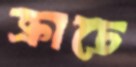
ক্রাচে